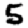
Digit: 5